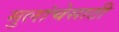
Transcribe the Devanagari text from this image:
मुलांचेसाठी